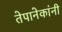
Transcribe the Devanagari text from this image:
तेपानेकांनी